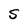
Character: S